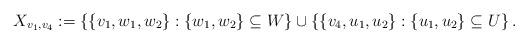
LaTeX: \begin{align*}X_{v_1,v_4}:=\left\{ \{v_1,w_1,w_2\}:\{w_1,w_2\}\subseteq W \right\}\cup \left\{\{v_4,u_1,u_2\}: \{u_1,u_2\}\subseteq U \right\}.\end{align*}